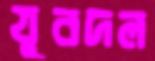
যুবদল